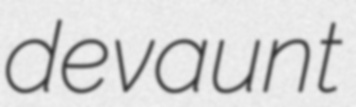
devaunt